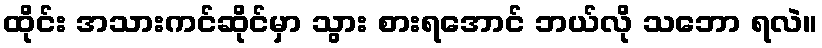
ထိုင်း အသားကင်ဆိုင်မှာ သွား စားရအောင် ဘယ်လို သဘော ရလဲ။